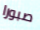
صبورا